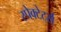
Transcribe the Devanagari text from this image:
स्पेक्टेटर्स